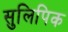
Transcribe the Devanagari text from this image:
सुलिपिक